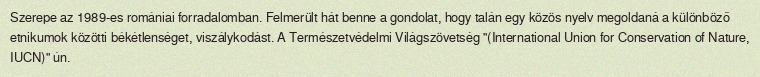
Szerepe az 1989-es romániai forradalomban. Felmerült hát benne a gondolat, hogy talán egy közös nyelv megoldaná a különböző etnikumok közötti békétlenséget, viszálykodást. A Természetvédelmi Világszövetség "(International Union for Conservation of Nature, IUCN)" ún.